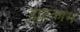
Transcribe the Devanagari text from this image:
डाटकाम